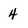
Character: 4